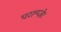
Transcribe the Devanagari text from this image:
परल्य्ज़ेर